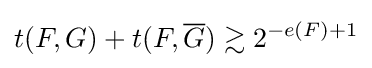
t(F,G)+t(F,{\overline {G}})\gtrsim 2^{-e(F)+1}